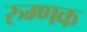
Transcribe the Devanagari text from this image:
रुग्णक